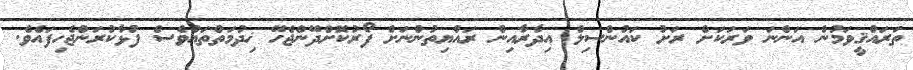
ތަރައްޤީވަމުން އަންނަ ވަރަކަށް ރަށު ކައުންސިލް އިދާރާއިން ރައްޔިތުންނަށް ފޯރުކޮށްދޭންޖެހޭ ޚިދުމަތްތައްވެސް ފުޅާކުރަންޖެހިފައެވެ.